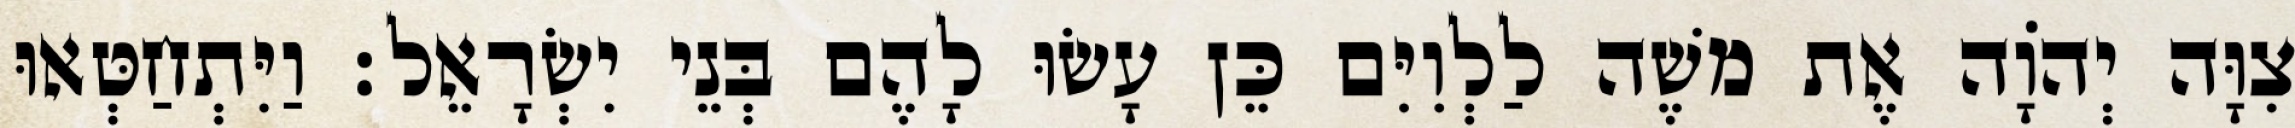
צִוָּה יְהוָֹה אֶת משֶׁה לַלְוִיִּם כֵּן עָשׂוּ לָהֶם בְּנֵי יִשְׂרָאֵל׃ וַיִּתְחַטְּאוּ